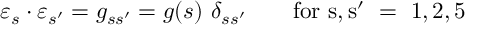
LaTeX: \varepsilon _ { s } \cdot \varepsilon _ { s ^ { \prime } } = g _ { s s ^ { \prime } } = g ( s ) \ \delta _ { s s ^ { \prime } } \qquad \mathrm { f o r ~ s , s ^ { \prime } ~ = ~ 1 , 2 , 5 ~ }